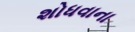
શોધવાના